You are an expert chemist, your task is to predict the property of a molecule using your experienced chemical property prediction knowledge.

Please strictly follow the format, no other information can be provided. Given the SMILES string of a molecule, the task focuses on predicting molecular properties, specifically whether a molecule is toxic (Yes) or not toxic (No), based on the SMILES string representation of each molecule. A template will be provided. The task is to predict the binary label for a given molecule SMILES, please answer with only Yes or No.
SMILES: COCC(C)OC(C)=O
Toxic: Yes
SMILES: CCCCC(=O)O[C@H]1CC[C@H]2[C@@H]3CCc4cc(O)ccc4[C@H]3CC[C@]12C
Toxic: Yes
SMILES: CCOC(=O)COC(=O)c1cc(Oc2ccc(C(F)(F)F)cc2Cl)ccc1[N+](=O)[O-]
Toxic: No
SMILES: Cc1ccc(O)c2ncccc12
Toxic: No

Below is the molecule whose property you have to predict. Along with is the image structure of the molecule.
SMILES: CC(=O)CCC(C)=O
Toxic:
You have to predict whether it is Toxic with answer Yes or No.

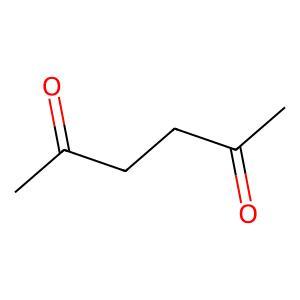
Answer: No